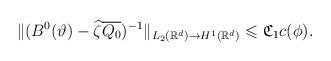
LaTeX: \begin{align*}\Vert (B^0(\vartheta )-\widehat{\zeta}\overline{Q_0})^{-1}\Vert _{L_2(\mathbb{R}^d)\rightarrow H^1(\mathbb{R}^d)}\leqslant \mathfrak{C}_1 c(\phi) .\end{align*}